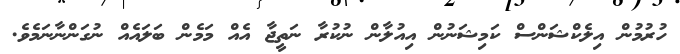
ހުރުމުން އިލެކްޝަންސް ކަމިޝަނުން އިއުލާން ނުކުރާ ނަތީޖާ އެެއް މަމެން ބަލައެއް ނުގަންނާނަމެވެ.